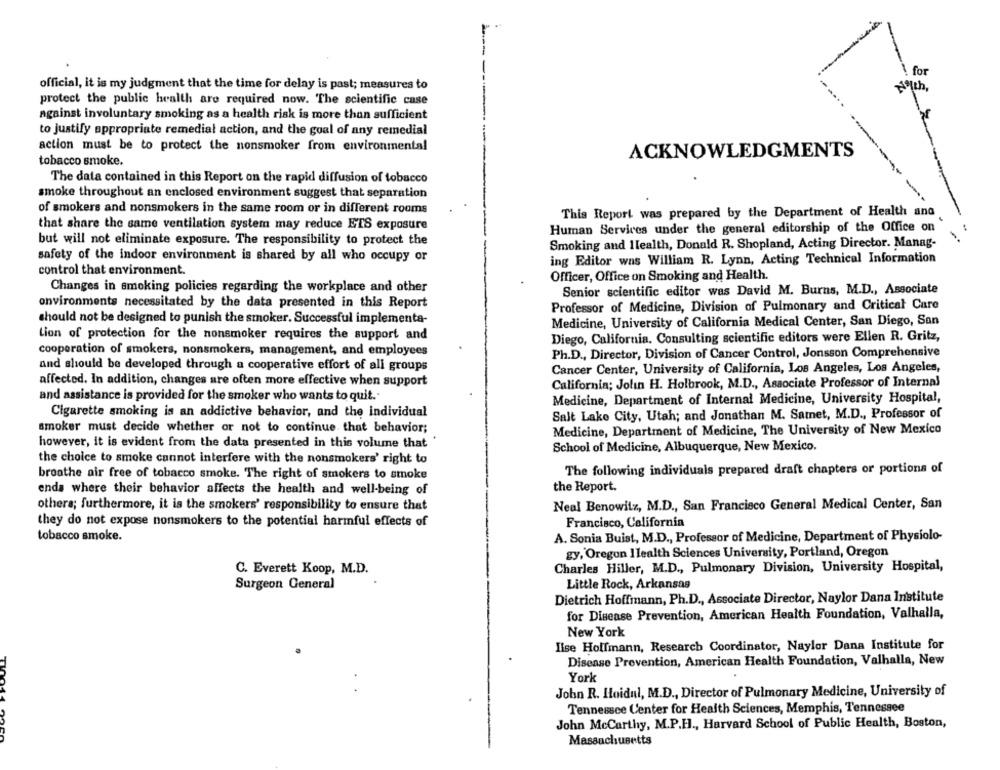
for
official, it is my judgment that the time for delay is past; measures to
4th,
protect the public health are required now. The scientific case
against involuntary smoking as a health risk is more than sufficient
to justify appropriate remedial action, and the goal of any remedial
action must be to protect the nonsmoker from environmental
ACKNOWLEDGMENTS
tobacco smoke.
The data contained in this Report on the rapid diffusion of tobacco
smoke throughout an enclosed environment suggest that separation
of smokers and nonsmokers in the same room or in different rooms
This Report was prepared by the Department of Health and
that share the same ventilation system may reduce ETS exposure
Human Services under the general editorship of the Office on
but will not eliminate exposure. The responsibility to protect the
Smoking and Ilealth, Donald R. Shopland, Acting Director. Manag-
safety of the indoor environment is shared by all who occupy or
ing Editor was William R. Lynn, Acting Technical Information
control that environment.
Officer, Office on Smoking and Health.
Changes in smoking policies regarding the workplace and other
Senior scientific editor was David M. Burns, M.D ., Associate
environments necessitated by the data presented in this Report
Professor of Medicine, Division of Pulmonary and Critical Care
should not be designed to punish the smoker. Successful implementa-
Medicine, University of California Medical Center, San Diego, Son
Lion of protection for the nonsmoker requires the support and
Diego, California. Consulting scientific editors were Ellen R. Gritz,
cooperation of smokers, nonsmokers, management, and employees
Ph.D ., Director, Division of Cancer Control, Jonsson Comprehensive
and should be developed through a cooperative effort of all groups
Cancer Center, University of California, Los Angeles, Los Angeles,
affected. In addition, changes are often more effective when support
California; Jolin H. Holbrook, M.D ., Associate Professor of Internal
and assistance is provided for the smoker who wants to quit.
Medicine, Department of Internal Medicine, University Hospital,
Cigarette smoking is an addictive behavior, and the individual
Salt Lake City, Utah; and Jonathan M. Samet, M.D ., Professor of
smoker must decide whether or not to continue that behavior;
Medicine, Department of Medicine, The University of New Mexico
however, it is evident from the data presented in this volume that
School of Medicine, Albuquerque, New Mexico.
the choice to smoke cannot interfere with the nonsmokers' right to
The following individuals prepared draft chapters or portions of
broathe air free of tobacco smoke. The right of smokers to smoke
ends where their behavior affects the health and well-being of
the Report.
others; furthermore, it is the smokers' responsibility to ensure that
Neal Benowitz, M.D ., San Francisco General Medical Center, San
they do not expose nonsmokers to the potential harmful effects of
Francisco, California
tobacco smoke.
A. Sonia Buist, M.D ., Professor of Medicine, Department of Physiolo-
gy, Oregon Ilealth Sciences University, Portland, Oregon
C. Everett Koop, M.D.
Charles Hiller, M.D ., Pulmonary Division, University Hospital,
Surgeon General
Little Rock, Arkansas
Dietrich Hoffmann, Ph.D ., Associate Director, Naylor Dana Institute
for Disease Prevention, American Health Foundation, Valhalla,
New York
Ilse Holfmann, Research Coordinator, Naylor Dana Institute for
Disease Prevention, American Health Foundation, Valhalla, New
York
John R. Hoidul, M.D ., Director of Pulmonary Medicine, University of
Tennessee Center for Health Sciences, Memphis, Tennessee
John McCarthy, M.P.H ., Harvard School of Public Health, Boston,
Massachusetts